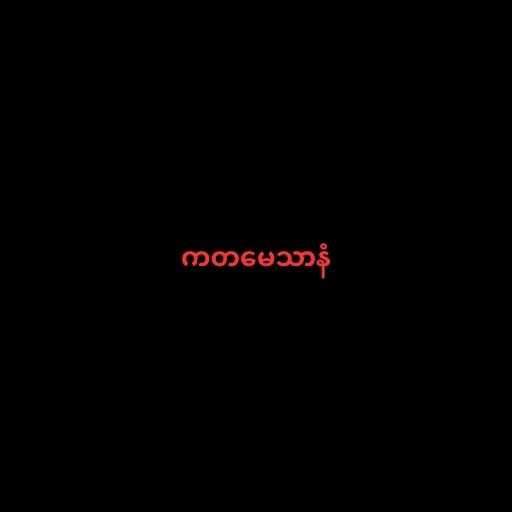
ကတမေသာနံ